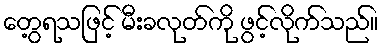
တွေ့ရသဖြင့် မီးခလုတ်ကို ဖွင့်လိုက်သည်။